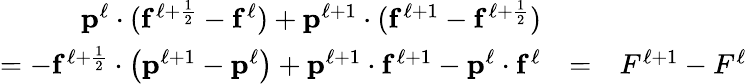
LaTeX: \begin{array}{rlr}{\mathbf{p}^{\ell}\cdot(\mathbf{f}^{\ell+\frac{1}{2}}-\mathbf{f}^{\ell})+\mathbf{p}^{\ell+1}\cdot(\mathbf{f}^{\ell+1}-\mathbf{f}^{\ell+\frac{1}{2}})}&{}&\\ {=-\mathbf{f}^{\ell+\frac{1}{2}}\cdot\left(\mathbf{p}^{\ell+1}-\mathbf{p}^{\ell}\right)+\mathbf{p}^{\ell+1}\cdot\mathbf{f}^{\ell+1}-\mathbf{p}^{\ell}\cdot\mathbf{f}^{\ell}}&{=}&{F^{\ell+1}-F^{\ell}}\end{array}